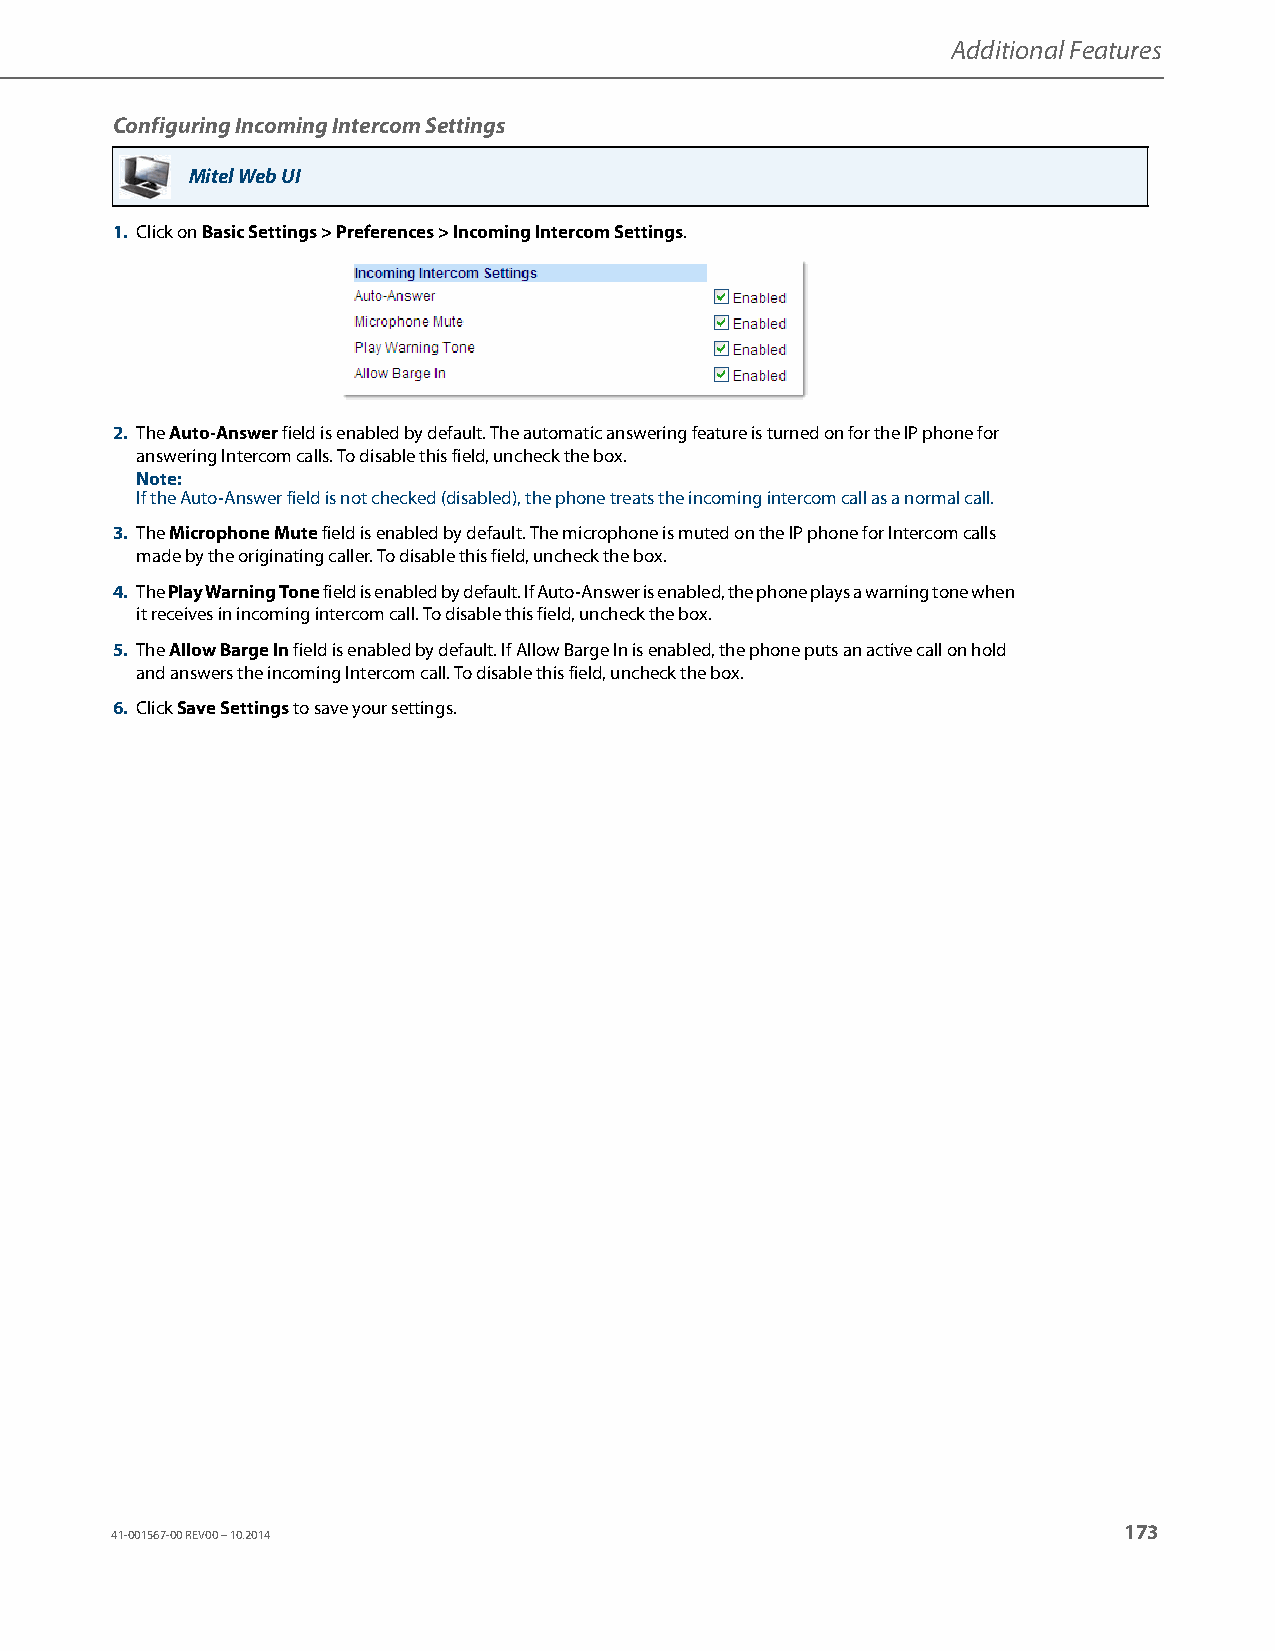
Additional Features
 Configuring Incoming Intercom Settings
 Mitel Web UI
 1. Click on Basic Settings > Preferences > Incoming Intercom Settings.
 2. The Auto-Answer field is enabled by default. The automatic answering feature is turned on for the IP phone for
 answering Intercom calls. To disable this field, uncheck the box.
 Note:
 If the Auto-Answer field is not checked (disabled), the phone treats the incoming intercom call as a normal call.
 3. The Microphone Mute field is enabled by default. The microphone is muted on the IP phone for Intercom calls
 made by the originating caller. To disable this field, uncheck the box.
 4. The Play Warning Tone field is enabled by default. If Auto-Answer is enabled, the phone plays a warning tone when
 it receives in incoming intercom call. To disable this field, uncheck the box.
 5. The Allow Barge In field is enabled by default. If Allow Barge In is enabled, the phone puts an active call on hold
 and answers the incoming Intercom call. To disable this field, uncheck the box.
 6. Click Save Settings to save your settings.
 173
 41-001567-00 REV00 – 10.2014